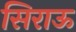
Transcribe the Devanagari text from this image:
सिराऊ